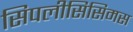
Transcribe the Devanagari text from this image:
सिपलीसिसिमस